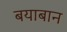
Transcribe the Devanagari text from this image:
बयाबान